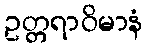
ဥတ္တရာဝိမာနံ